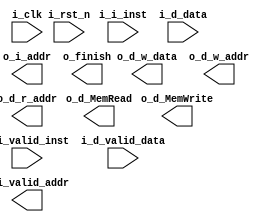
module cpu #( // Do not modify interface
	parameter ADDR_W = 64,
	parameter INST_W = 32,
	parameter DATA_W = 64
)(
    input                   i_clk,
    input                   i_rst_n,
    input                   i_i_valid_inst, // from instruction memory
    input  [ INST_W-1 : 0 ] i_i_inst,       // from instruction memory
    input                   i_d_valid_data, // from data memory
    input  [ DATA_W-1 : 0 ] i_d_data,       // from data memory
    output                  o_i_valid_addr, // to instruction memory
    output [ ADDR_W-1 : 0 ] o_i_addr,       // to instruction memory
    output [ DATA_W-1 : 0 ] o_d_w_data,     // to data memory
    output [ ADDR_W-1 : 0 ] o_d_w_addr,     // to data memory
    output [ ADDR_W-1 : 0 ] o_d_r_addr,     // to data memory
    output                  o_d_MemRead,    // to data memory
    output                  o_d_MemWrite,   // to data memory
    output                  o_finish
);


endmodule